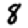
Digit: 8